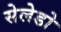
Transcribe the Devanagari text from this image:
सेलेडो